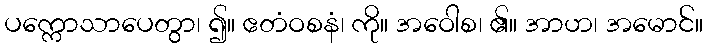
ပက္ကောသာပေတွာ၊ ၍။ ဧတံဝစနံ၊ ကို။ အဝေါစ၊ ၏။ အာဟ၊ အမောင်။